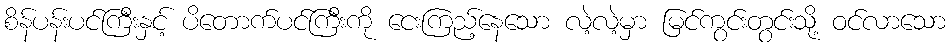
စိန်ပန်းပင်ကြီးနှင့် ပိတောက်ပင်ကြီးကို ငေးကြည့်နေသော လဲ့လဲ့မှာ မြင်ကွင်းတွင်းသို့ ဝင်လာသော